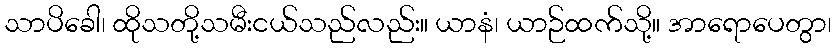
သာပိခေါ၊ ထိုသတို့သမီးငယ်သည်လည်း။ ယာနံ၊ ယာဉ်ထက်သို့။ အာရောပေတွာ၊